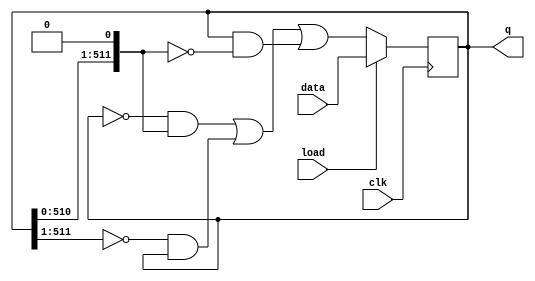
module top_module(
    input clk,
    input load,
    input [511:0] data,
    output [511:0] q
); 

    wire [511:0] Q2,Q1,Q0;
    assign Q2 = {1'b0, q[511:1]};
    assign Q1 = q;
    assign Q0 = {q[510:0],1'b0};
    always @(posedge clk) begin
        if(load)
            q <= data;
        else
            //    left Q2             rightQ0          center Q1
            //   {1'b0, q[511:1]} {q[510:0],1'b0} q;
            q <=  (~Q1&Q0)|(~Q2&Q1)|(Q1&~Q0);
    end
endmodule